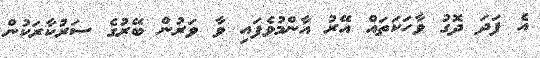
އެ ފަދަ ދޮގު ވާހަކަތައް އޭރު އާންމުވެފައި ވާ ވަރުން ބޭރުގެ ސަރުކާރަކުން